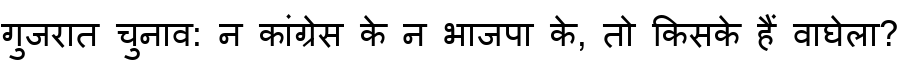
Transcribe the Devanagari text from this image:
गुजरात चुनाव: न कांग्रेस के न भाजपा के, तो किसके हैं वाघेला?